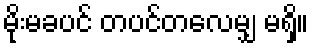
မိုးမခပင် တပင်တလေမျှ မရှိ။